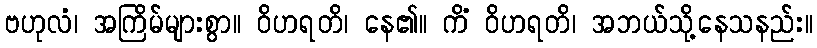
ဗဟုလံ၊ အကြိမ်များစွာ။ ဝိဟရတိ၊ နေ၏။ ကိံ ဝိဟရတိ၊ အဘယ်သို့နေသနည်း။